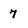
Character: 7